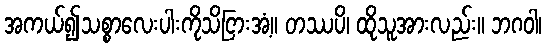
အကယ်၍သစ္စာလေးပါးကိုသိငြားအံ့။ တဿပိ၊ ထိုသူအားလည်း။ ဘဂဝါ၊